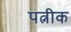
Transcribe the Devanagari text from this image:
पत्नीक